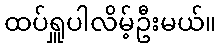
ထပ်ရှူပါလိမ့်ဦးမယ်။